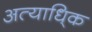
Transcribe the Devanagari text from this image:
अत्याधि्क